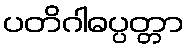
ပတိဂါဓပ္ပတ္တာ